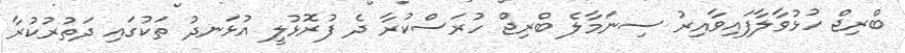
ބްރިޖް ހުޅުވާލާފައިވާއިރު ސިނަމާލެ ބްރިޖް ހުރަސްކުރާ ދެ ފުރޮޅުލީ އުޅަނދު ތަކުގައި ދަތުރުކުރާ